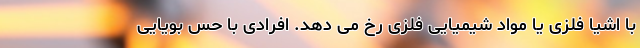
با اشیا فلزی یا مواد شیمیایی فلزی رخ می دهد. افرادی با حس بویایی